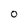
Character: 0